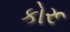
કોરૂ